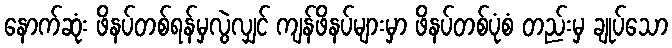
နောက်ဆုံး ဖိနပ်တစ်ရန်မှလွဲလျှင် ကျန်ဖိနပ်များမှာ ဖိနပ်တစ်ပုံစံ တည်းမှ ချုပ်သော